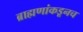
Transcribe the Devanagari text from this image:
ब्राह्मणांकडूनच